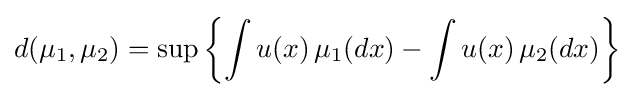
d(\mu _{1},\mu _{2})=\sup \left\lbrace \int u(x)\,\mu _{1}(dx)-\int u(x)\,\mu _{2}(dx)\right\rbrace